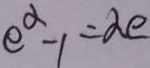
e ^ { \alpha } - 1 = \alpha e